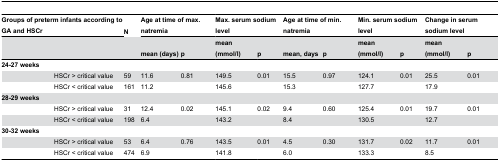
<table><thead><tr><td colspan="2"><b>Groups of preterm infants according to GA and HSCr</b></td><td><b>N</b></td><td colspan="2"><b>Age at time of max. natremia </b></td><td colspan="2"><b>Max. serum sodium level</b></td><td colspan="2"><b>Age at time of min. natremia </b></td><td colspan="2"><b>Min. serum sodium level</b></td><td colspan="2"><b>Change in serum sodium level</b></td></tr><tr><td></td><td></td><td></td><td><b>mean (days)</b></td><td><b>p</b></td><td><b>mean (mmol/l)</b></td><td><b>p</b></td><td><b>mean, days</b></td><td><b>p</b></td><td><b>mean (mmol/l)</b></td><td><b>p</b></td><td><b>mean (mmol/l)</b></td><td><b>p</b></td></tr></thead><tbody><tr><td><b>24-27 weeks</b></td><td></td><td></td><td></td><td></td><td></td><td></td><td></td><td></td><td></td><td></td><td></td><td></td></tr><tr><td></td><td>HSCr &gt; critical value</td><td>59</td><td>11.6</td><td>0.81</td><td>149.5</td><td>0.01</td><td>15.5</td><td>0.97</td><td>124.1</td><td>0.01</td><td>25.5</td><td>0.01</td></tr><tr><td></td><td>HSCr &lt; critical value</td><td>161</td><td>11.2</td><td></td><td>145.6</td><td></td><td>15.3</td><td></td><td>127.7</td><td></td><td>17.9</td><td></td></tr><tr><td><b>28-29 weeks</b></td><td></td><td></td><td></td><td></td><td></td><td></td><td></td><td></td><td></td><td></td><td></td><td></td></tr><tr><td></td><td>HSCr &gt; critical value</td><td>31</td><td>12.4</td><td>0.02</td><td>145.1</td><td>0.02</td><td>9.4</td><td>0.60</td><td>125.4</td><td>0.01</td><td>19.7</td><td>0.01</td></tr><tr><td></td><td>HSCr &lt; critical value</td><td>198</td><td>6.4</td><td></td><td>143.2</td><td></td><td>8.4</td><td></td><td>130.5</td><td></td><td>12.7</td><td></td></tr><tr><td><b>30-32 weeks</b></td><td></td><td></td><td></td><td></td><td></td><td></td><td></td><td></td><td></td><td></td><td></td><td></td></tr><tr><td></td><td>HSCr &gt; critical value</td><td>53</td><td>6.4</td><td>0.76</td><td>143.5</td><td>0.01</td><td>4.5</td><td>0.30</td><td>131.7</td><td>0.02</td><td>11.7</td><td>0.01</td></tr><tr><td></td><td>HSCr &lt; critical value</td><td>474</td><td>6.9</td><td></td><td>141.8</td><td></td><td>6.0</td><td></td><td>133.3</td><td></td><td>8.5</td><td></td></tr></tbody></table>